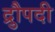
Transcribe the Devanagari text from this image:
द्रुौपदी